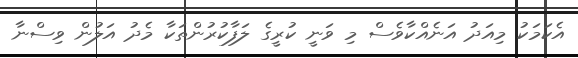
އެކަމަކު މިއަދު އަނެއްކާވެސް މި ވަނީ ކުރީގެ ލަފާކުރުންތަކާ މެދު އަލުން ވިސްނާ